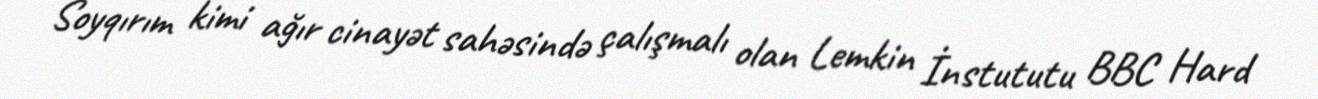
Soyqırım kimi ağır cinayət sahəsində çalışmalı olan Lemkin İnstututu BBC Hard